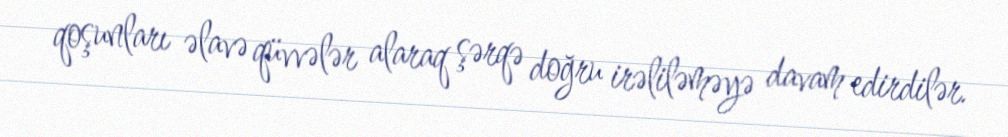
qoşunları əlavə qüvvələr alaraq şərqə doğru irəliləməyə davam edirdilər.